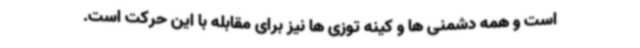
است و همه دشمنی ها و کینه توزی ها نیز برای مقابله با این حرکت است.